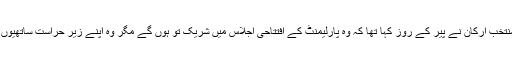
550 رکنی ایوان کے ایک تہائی نو منتخب ارکان نے پیر کے روز کہا تھا کہ وہ پارلیمنٹ کے افتتاحی اجلاس میں شریک تو ہوں گے مگر وہ اپنے زیر حراست ساتھیوں کی رہائی تک حلف نہیں اٹھائیں گے۔